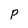
Character: p